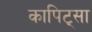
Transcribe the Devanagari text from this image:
कापिट्सा